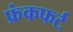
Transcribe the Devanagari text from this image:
फ्रंकफर्ट